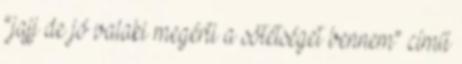
“jajj de jó valaki megérti a sötétséget bennem” című